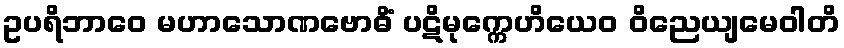
ဥပရိဘာဝေ မဟာသောဏဗောဓိံ ပဋိမုက္ကေဟိယေဝ ဝိညေယျမေဝါတိ